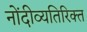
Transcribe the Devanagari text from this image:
नोंदीव्यतिरिक्त